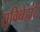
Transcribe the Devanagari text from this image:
सुविधेद्वारे